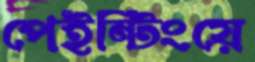
পেইন্টিংয়ে